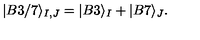
| B 3 / 7 \rangle _ { I , J } = | B 3 \rangle _ { I } + | B 7 \rangle _ { J } .